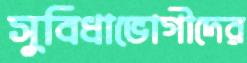
সুবিধাভোগীদের